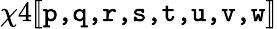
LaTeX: \chi 4[\! [\texttt{p,q,r,s,t,u,v,w}]\! ]